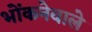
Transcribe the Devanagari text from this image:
भोंकनेवाले